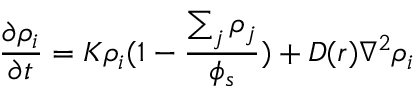
\frac { \partial \rho _ { i } } { \partial t } = K \rho _ { i } ( 1 - \frac { \sum _ { j } \rho _ { j } } { \phi _ { s } } ) + D ( r ) \nabla ^ { 2 } \rho _ { i }